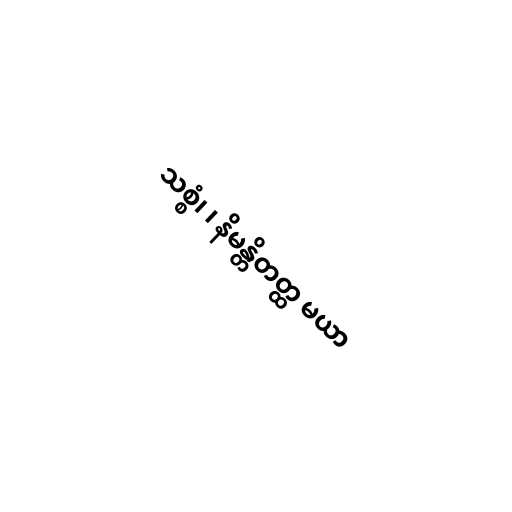
သစ္စံ၊ ၊ နိမန္တိတတ္ထ မယာ